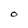
Character: o